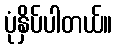
ပုံနှိပ်ပါတယ်။